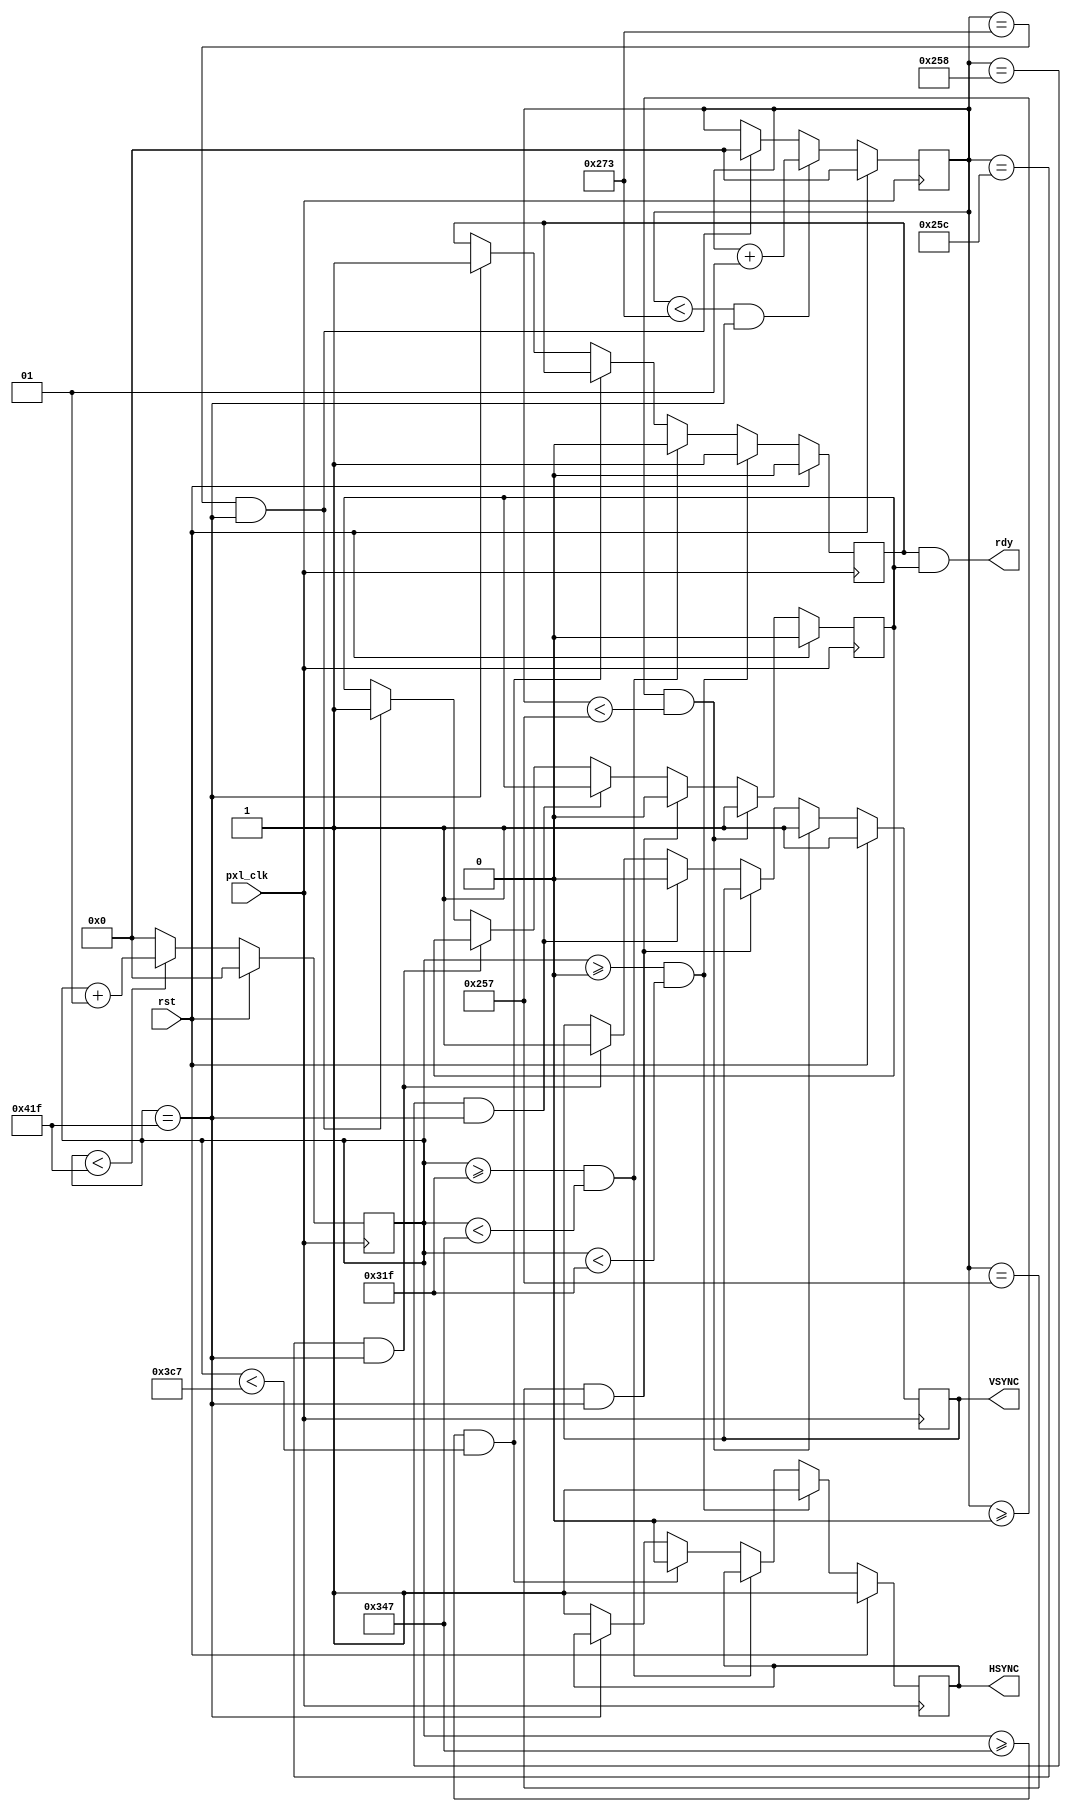
module VGA_t(
    input  pxl_clk,
    input  rst,
    output HSYNC,
    output rdy,
    output VSYNC);

reg HSYNC = 1, VSYNC = 1, h_disp = 1, v_disp = 1;

localparam h_visible = 800;
localparam h_front_porch = h_visible+40;
localparam h_sync_pulse = h_front_porch+128;
localparam h_back_porch = h_sync_pulse+88;

localparam v_visible = 600;
localparam v_front_porch = v_visible+1;
localparam v_sync_pulse = v_front_porch+4;
localparam v_back_porch = v_sync_pulse+23;

integer column = 0;
integer row = 0;

assign rdy = h_disp & v_disp;

//HSYNC timing
always @(posedge pxl_clk)
begin
    if(rst == 1'b1) begin
        HSYNC  <= 1'b1;
        h_disp <= 1'b0;
    end
    else begin
        if(column >= 0 && column < h_visible-1) begin
            HSYNC  <= 1'b1;
            h_disp <= 1'b1;
        end else if (column >= h_visible-1 && column < h_front_porch-1)
            h_disp <= 1'b0;
        else if (column >= h_front_porch-1 && column < h_sync_pulse-1)
            HSYNC  <= 1'b0;
        else if (column == h_back_porch-1)
            h_disp <= 1'b1;
        else 
            HSYNC <= 1'b1;
    end
end

//VSYNC timing
always @(posedge pxl_clk)
begin
    if(rst == 1'b1) begin
        VSYNC  <= 1'b1;
        v_disp <= 1'b0;
    end
    else begin
        if(row >= 0 && row < v_visible-1) begin
            VSYNC <= 1'b1;
            v_disp <= 1'b1;
        end else if (row == v_visible-1 && column == h_back_porch-1)
            v_disp <= 1'b0;
        else if (row == v_front_porch-1 && column == h_back_porch-1)
            VSYNC <= 1'b0;
        else if (row == v_sync_pulse-1 && column == h_back_porch-1)
            VSYNC <= 1'b1;
        else if (row == v_back_porch-1 && column == h_back_porch-1)
            v_disp <= 1'b1;
    end
end

//Vertical line count 
always @(posedge pxl_clk)
begin
    if(rst == 1'b1)
        row <= 0;
    else if((row < v_back_porch-1) && (column == h_back_porch-1))
        row <= row + 1;
    else if (row == v_back_porch-1 && (column == h_back_porch-1))
        row <= 0;
end

//Horizontal pixel count
always @(posedge pxl_clk)
begin
    if(rst == 1'b1) 
        column <= 0;
    else if(column < h_back_porch-1)
        column <= column + 1;
    else
        column <= 0;
end

endmodule